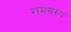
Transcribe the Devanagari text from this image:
रामसरुप